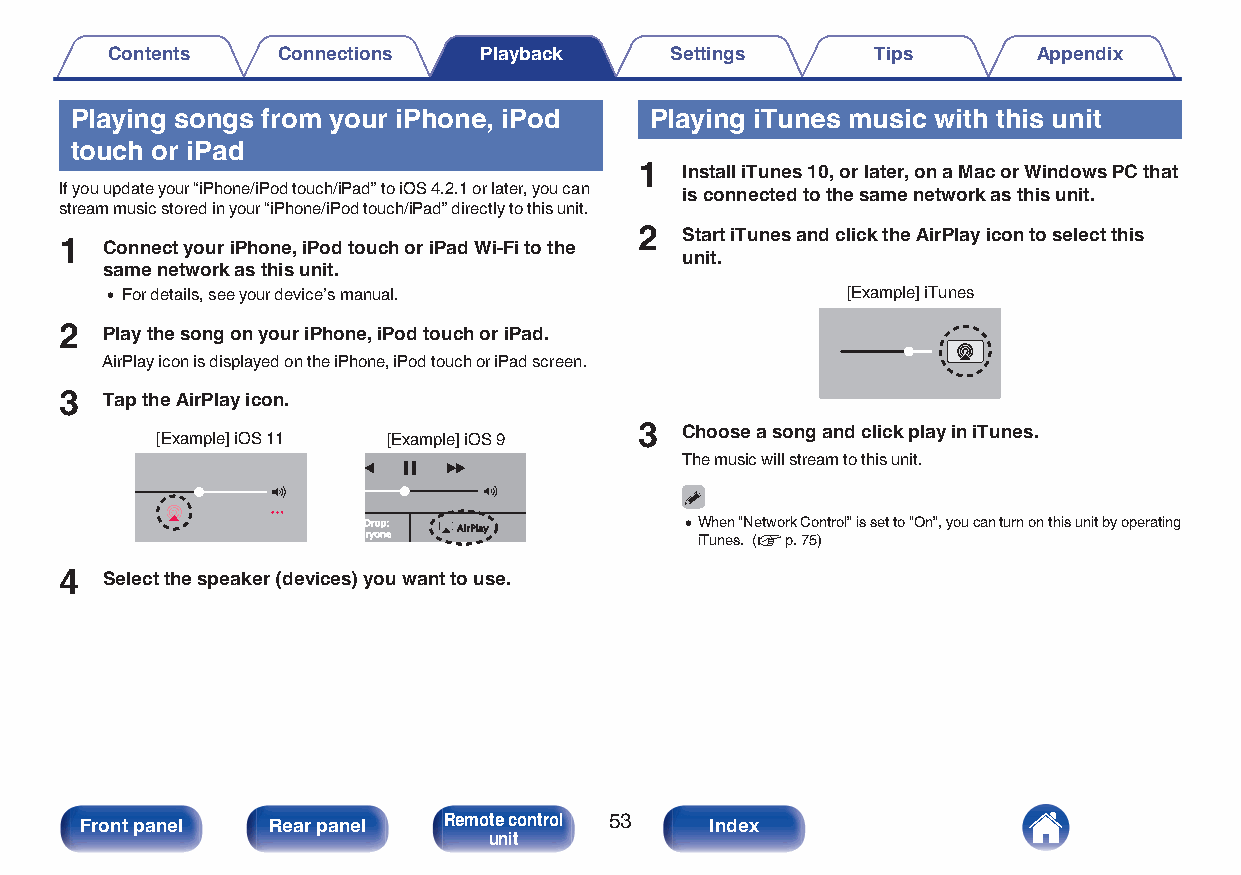
Contents   Connections   Playback    Settings      Tips       Appendix
 Playing songs from your iPhone, iPod  Playing iTunes music with this unit
 touch or iPad
 1  Install iTunes 10, or later, on a Mac or Windows PC that
 If you update your “iPhone/iPod touch/iPad” to iOS 4.2.1 or later, you can is connected to the same network as this unit.
 stream music stored in your “iPhone/iPod touch/iPad” directly to this unit.
 2  Start iTunes and click the AirPlay icon to select this
 1  Connect your iPhone, iPod touch or iPad Wi-Fi to the
 unit.
 same network as this unit.
 0 For details, see your device’s manual.         [Example] iTunes
 2  Play the song on your iPhone, iPod touch or iPad.
 AirPlay icon is displayed on the iPhone, iPod touch or iPad screen.
 3  Tap the AirPlay icon.
 [Example] iOS 11 [Example] iOS 9 3 Choose a song and click play in iTunes.
 The music will stream to this unit.
 AirDD rryyrr oooo nnpp ee:: AAiirrPPllaayy 0W iTuh ne en
 s
 “ .N (e vtwo prk
 .
 7C 5o )ntrol” is set to “On”, you can turn on this unit by operating
 4  Select the speaker (devices) you want to use.
 Front panel  Rear panel Remote control 53 Index
 unit